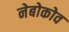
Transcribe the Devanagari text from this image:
नेबोकोव